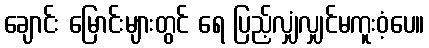
ချောင်း မြောင်းများတွင် ရေ ပြည့်လျှံလျှင်မကူးဝံ့ပေ။